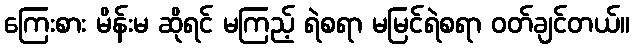
ကြေးစား မိန်းမ ဆိုရင် မကြည့် ရဲစရာ မမြင်ရဲစရာ ဝတ်ချင်တယ်။